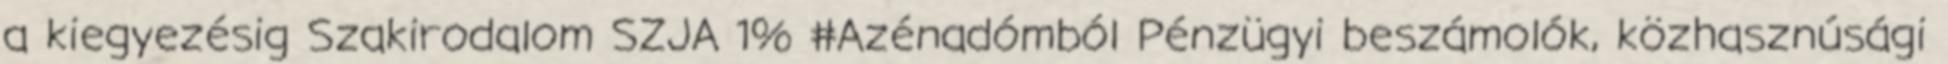
a kiegyezésig Szakirodalom SZJA 1% #Azénadómból Pénzügyi beszámolók, közhasznúsági